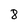
Character: 8